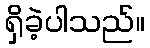
ရှိခဲ့ပါသည်။